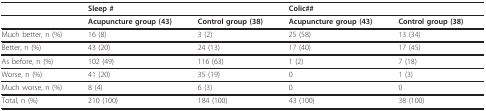
<table><thead><tr><td></td><td colspan="2"><b>Sleep #</b></td><td colspan="2"><b>Colic##</b></td></tr></thead><tbody><tr><td></td><td><b>Acupuncture group (43)</b></td><td><b>Control group (38)</b></td><td><b>Acupuncture group (43)</b></td><td><b>Control group (38)</b></td></tr><tr><td>Much better, n (%)</td><td>16 (8)</td><td>3 (2)</td><td>25 (58)</td><td>13 (34)</td></tr><tr><td>Better, n (%)</td><td>43 (20)</td><td>24 (13)</td><td>17 (40)</td><td>17 (45)</td></tr><tr><td>As before, n (%)</td><td>102 (49)</td><td>116 (63)</td><td>1 (2)</td><td>7 (18)</td></tr><tr><td>Worse, n (%)</td><td>41 (20)</td><td>35 (19)</td><td>0</td><td>1 (3)</td></tr><tr><td>Much worse, n (%)</td><td>8 (4)</td><td>6 (3)</td><td>0</td><td>0</td></tr><tr><td>Total, n (%)</td><td>210 (100)</td><td>184 (100)</td><td>43 (100)</td><td>38 (100)</td></tr></tbody></table>